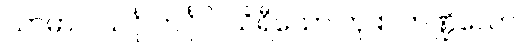
သာမာ ပိယင်္ဂု ကင်္ဂုပိ၊ သိရီသော တု စ ဘဏ္ဍိလော။